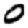
Digit: 0